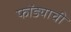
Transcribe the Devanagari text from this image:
फोंड्याची